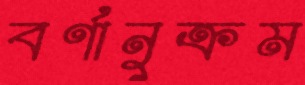
বর্ণানুক্রম